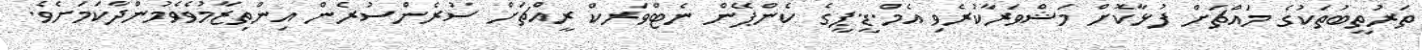
ތަރުތީބުތަކުގެ މައްޗަށް ފުޅާކޮށް މަޝްވަރާކުރެވި އެމް.ޑީ.ޕީގެ ކެންޕޭން ނެޓްވަރކް ރީއްޗަށް ސުރެންސުރެން އިންތިޒާމުވެވެމުންދާކަމަށެވެ.